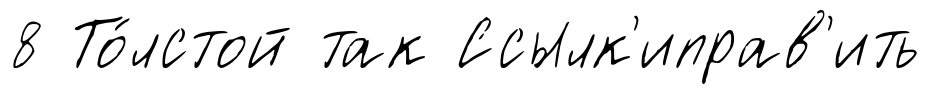
8 То́лстой так Ссылк'иправ'ить